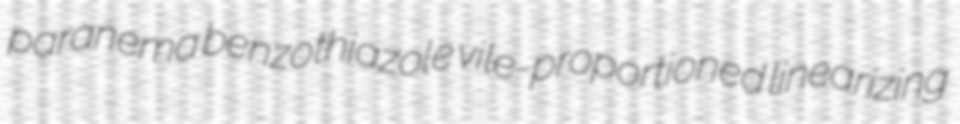
paranema benzothiazole vile-proportioned linearizing